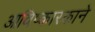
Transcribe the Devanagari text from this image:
आविष्कारकाने